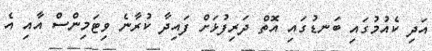
އަދި ކެއުމުގައި ބަނޑުގައި އޮތް ދަރިފުޅަށް ފައިދާ ކުރާނެ ވިޓަމިންސް އާއި އެ